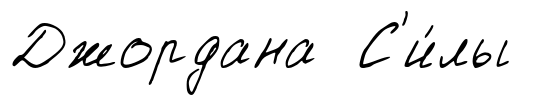
Джордана С'и́лы